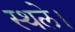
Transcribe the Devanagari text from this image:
स्थले।